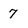
Character: 7